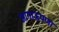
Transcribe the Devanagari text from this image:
आगाऊपणा